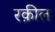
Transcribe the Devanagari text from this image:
रक़ील